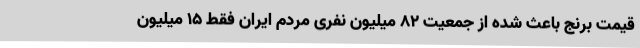
قیمت برنج باعث شده از جمعیت ۸۲ میلیون نفری مردم ایران فقط ۱۵ میلیون